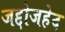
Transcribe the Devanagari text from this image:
जद्दोजहेद